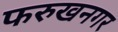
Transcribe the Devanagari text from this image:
फरुखनगर